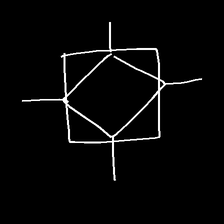
Glyph: light